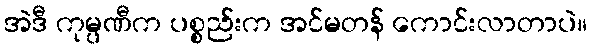
အဲဒီ ကုမ္ပဏီက ပစ္စည်းက အင်မတန် ကောင်းလာတာပဲ။